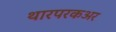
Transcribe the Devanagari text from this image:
थारपरकअर